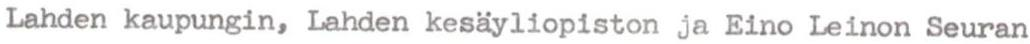
Lahden kaupungin, Lahden kesäyliopiston ja Eino Leinon Seuran